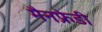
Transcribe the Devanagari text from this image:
मैनफ्रेडी